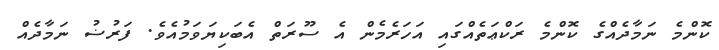
ކޮންމެ ނަމާދެއްގެ ކޮންމެ ރަކްޢަތެއްގައި އަހަރެމެން އެ ސޫރަތް އެބަކިޔަވަމުއެވެ. ފަރުޟު ނަމާދެއް